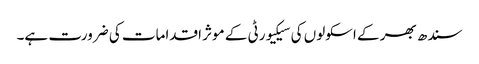
سندھ بھر کے اسکولوں کی سیکیورٹی کے موثر اقدامات کی ضرورت ہے۔